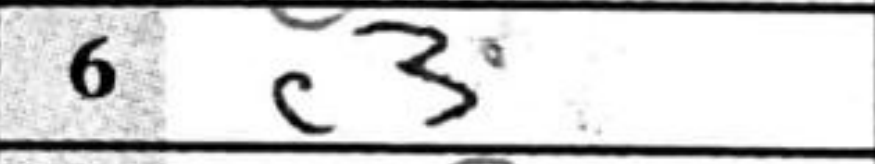
Transcription: c3